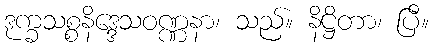
ဒုက္ခသစ္စနိဒ္ဒေသဝဏ္ဏနာ၊ သည်။ နိဋ္ဌိတာ၊ ပြီ။